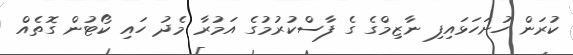
ކުރަން ހުށަހަޅައިފި ނާޒިމްގެ ގެ ފާސްކުރުމުގެ އަމުރާ މެދު ހައި ކޯޓުން ގޮތެއް